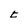
Character: t